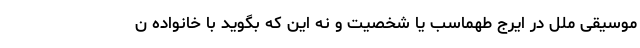
موسیقی ملل در ایرج طهماسب یا شخصیت و نه این که بگوید با خانواده ن